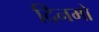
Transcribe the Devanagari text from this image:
दिनमो